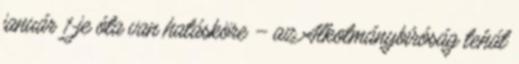
január 1-je óta van hatásköre – az Alkotmánybíróság tehát